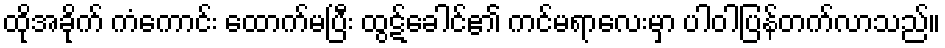
ထိုအခိုက် ကံကောင်း ထောက်မပြီး ထွဋ်ခေါင်၏ ကင်မရာလေးမှာ ပါဝါပြန်တက်လာသည်။